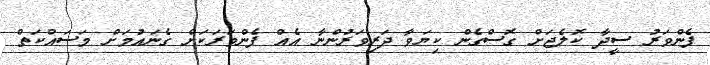
ފެންވަރު ސީދާ ކޮލެޖަށް ގޮސްގެން ކިޔަވާ ދަރިވަރުންނާ އެއް ފެންވަރަކަށް ގެނައުމަށް މަސައްކަތް